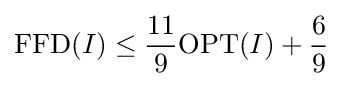
\mathrm {FFD} (I)\leq {\frac {11}{9}}\mathrm {OPT} (I)+{\frac {6}{9}}